Madras plague regulations and rules - Volume 2
Disease focus: Plague
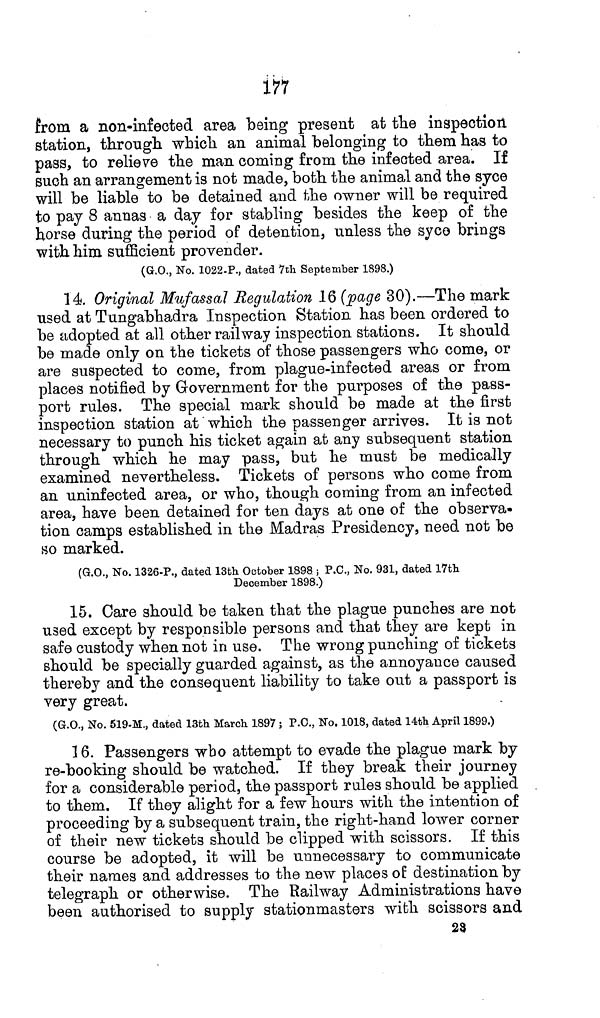
177
from a non-infected area being present at the inspection
station, through which an animal belonging to them has to
pass, to relieve the man coming from the infected area. If
such an arrangement is not made, both the animal and the syce
will be liable to be detained and the owner will be required
to pay 8 annas a day for stabling besides the keep of the
horse during the period of detention, unless the syce brings
with him sufficient provender.
(G.O., No. 1022-P., dated 7th September 1898.)
14. Original Mufassal Regulation 16 (page 30).—The mark
used at Tungabhadra Inspection Station has been ordered to
be adopted at all other railway inspection stations. It should
be made only on the tickets of those passengers who come, or
are suspected to come, from plague-infected areas or from
places notified by Government for the purposes of the pass-
port rules. The special mark should be made at the first
inspection station at which the passenger arrives. It is not
necessary to punch his ticket again at any subsequent station
through which he may pass, but he must be medically
examined nevertheless. Tickets of persons who come from
an uninfected area, or who, though coming from an infected
area, have been detained for ten days at one of the observa-
tion camps established in the Madras Presidency, need not be
so marked.
(G.O., No. 1326-P., dated 13th October 1898 ; P.O., No. 931, dated 17th
December 1898.)
15. Care should be taken that the plague punches are not
used except by responsible persons and that they are kept in
safe custody when not in use. The wrong punching of tickets
should be specially guarded against, as the annoyance caused
thereby and the consequent liability to take out a passport is
very great.
(G.O., No. 519-M., dated 13th March 1897 ; P.O., No. 1018, dated 14th April 1899.)
16. Passengers who attempt to evade the plague mark by
re-booking should be watched. If they break their journey
for a considerable period, the passport rules should be applied
to them. If they alight for a few hours with the intention of
proceeding by a subsequent train, the right-hand lower corner
of their new tickets should be clipped with scissors. If this
course be adopted, it will be unnecessary to communicate
their names and addresses to the new places of destination by
telegraph or otherwise. The Railway Administrations have
been authorised to supply stationmasters with scissors and
23